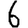
Digit: 6